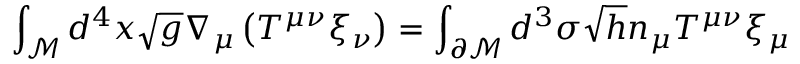
\displaystyle \int _ { \mathcal { M } } d ^ { 4 } x \sqrt { g } \nabla _ { \mu } \left( T ^ { \mu \nu } \xi _ { \nu } \right) = \displaystyle \int _ { \partial \mathcal { M } } d ^ { 3 } \sigma \sqrt { h } n _ { \mu } T ^ { \mu \nu } \xi _ { \mu }